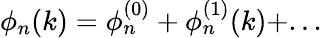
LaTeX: \phi_{n}(k)=\phi_{n}^{(0)}+\phi_{n}^{(1)}(k)+...